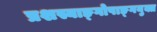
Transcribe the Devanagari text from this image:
प्रशस्याङ्‌गोपाङ्‌गयुक्त